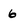
Character: 6